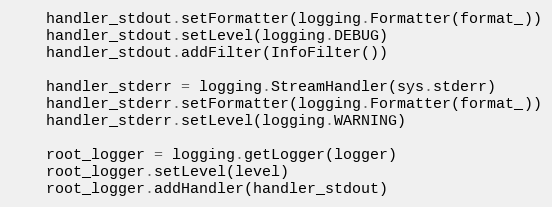
Language: Python
    handler_stdout.setFormatter(logging.Formatter(format_))
    handler_stdout.setLevel(logging.DEBUG)
    handler_stdout.addFilter(InfoFilter())

    handler_stderr = logging.StreamHandler(sys.stderr)
    handler_stderr.setFormatter(logging.Formatter(format_))
    handler_stderr.setLevel(logging.WARNING)

    root_logger = logging.getLogger(logger)
    root_logger.setLevel(level)
    root_logger.addHandler(handler_stdout)